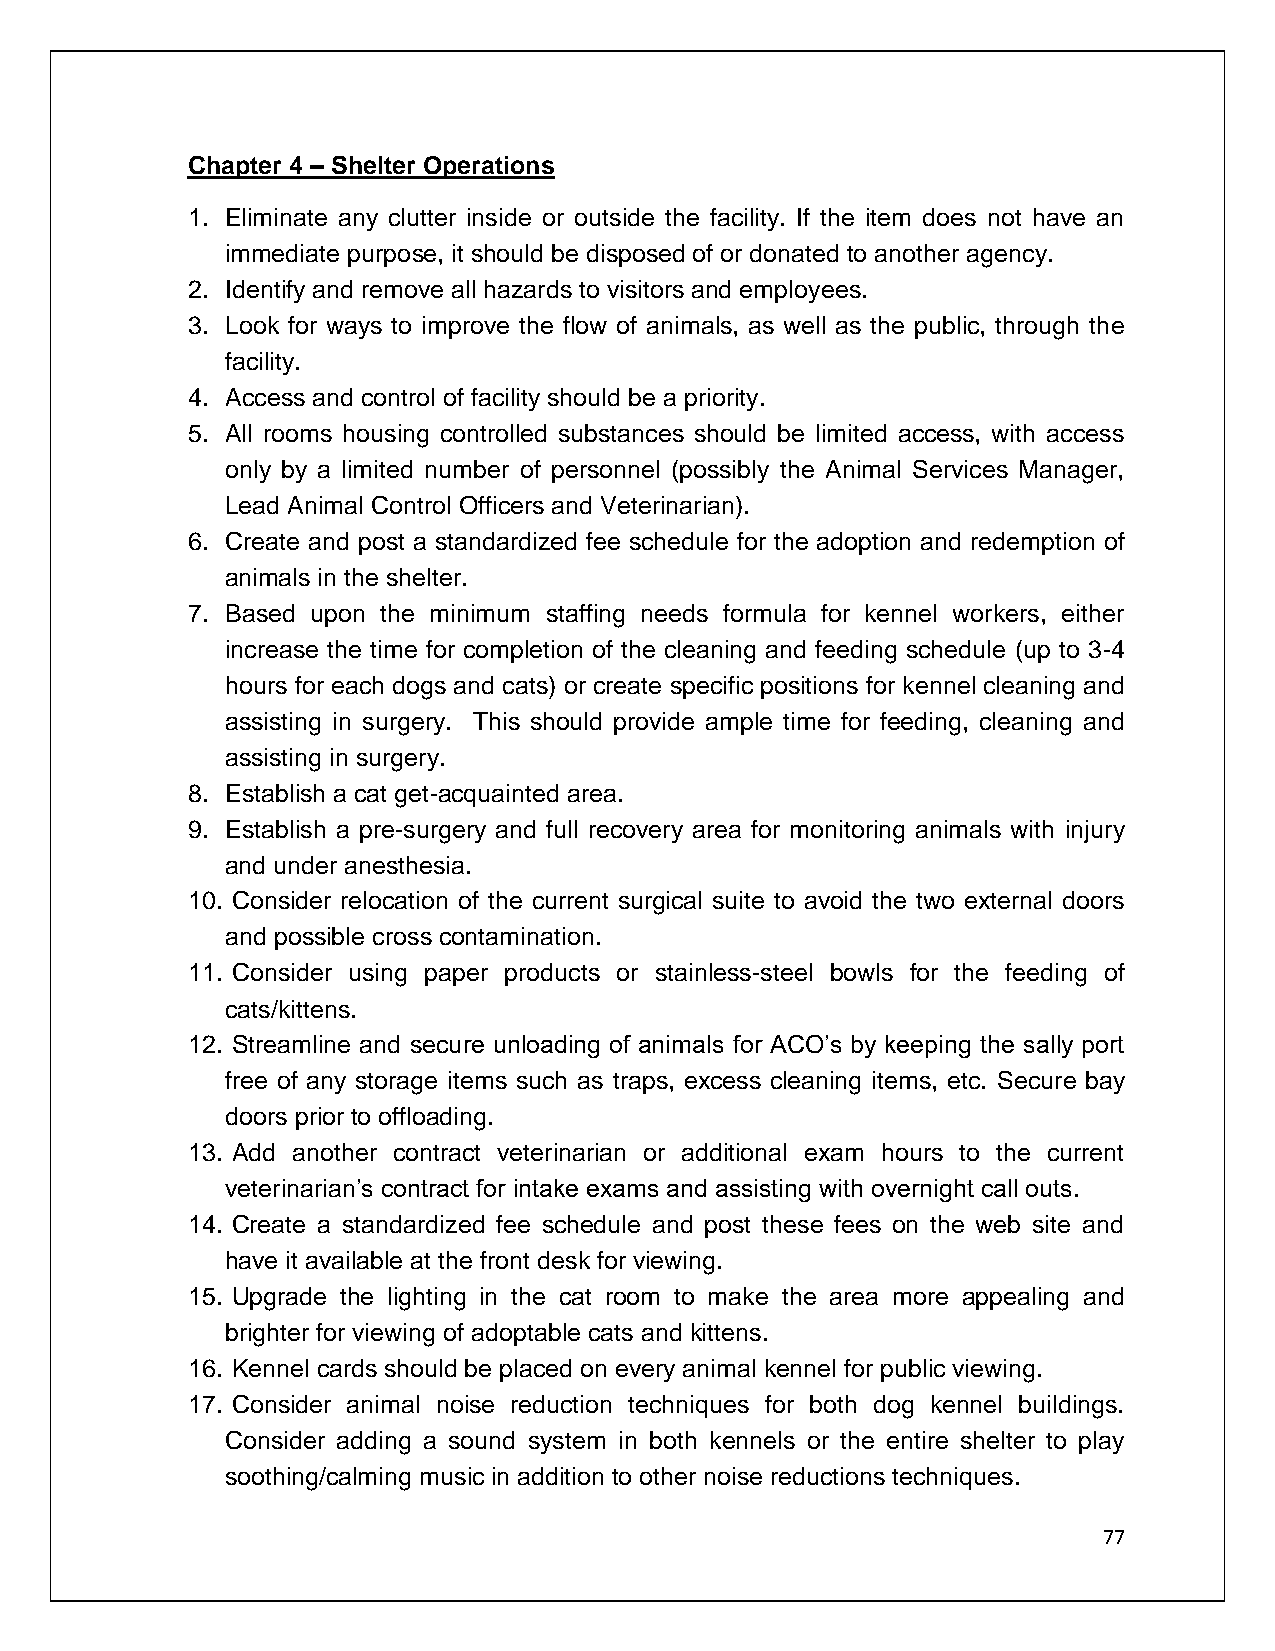
Chapter 4 – Shelter Operations
 1. Eliminate any clutter inside or outside the facility. If the item does not have an
 immediate purpose, it should be disposed of or donated to another agency.
 2. Identify and remove all hazards to visitors and employees.
 3. Look for ways to improve the flow of animals, as well as the public, through the
 facility.
 4. Access and control of facility should be a priority.
 5. All rooms housing controlled substances should be limited access, with access
 only by a limited number of personnel (possibly the Animal Services Manager,
 Lead Animal Control Officers and Veterinarian).
 6. Create and post a standardized fee schedule for the adoption and redemption of
 animals in the shelter.
 7. Based upon the minimum staffing needs formula for kennel workers, either
 increase the time for completion of the cleaning and feeding schedule (up to 3-4
 hours for each dogs and cats) or create specific positions for kennel cleaning and
 assisting in surgery. This should provide ample time for feeding, cleaning and
 assisting in surgery.
 8. Establish a cat get-acquainted area.
 9. Establish a pre-surgery and full recovery area for monitoring animals with injury
 and under anesthesia.
 10. Consider relocation of the current surgical suite to avoid the two external doors
 and possible cross contamination.
 11. Consider using paper products or stainless-steel bowls for the feeding of
 cats/kittens.
 12. Streamline and secure unloading of animals for ACO’s by keeping the sally port
 free of any storage items such as traps, excess cleaning items, etc. Secure bay
 doors prior to offloading.
 13. Add another contract veterinarian or additional exam hours to the current
 veterinarian’s contract for intake exams and assisting with overnight call outs.
 14. Create a standardized fee schedule and post these fees on the web site and
 have it available at the front desk for viewing.
 15. Upgrade the lighting in the cat room to make the area more appealing and
 brighter for viewing of adoptable cats and kittens.
 16. Kennel cards should be placed on every animal kennel for public viewing.
 17. Consider animal noise reduction techniques for both dog kennel buildings.
 Consider adding a sound system in both kennels or the entire shelter to play
 soothing/calming music in addition to other noise reductions techniques.
 77